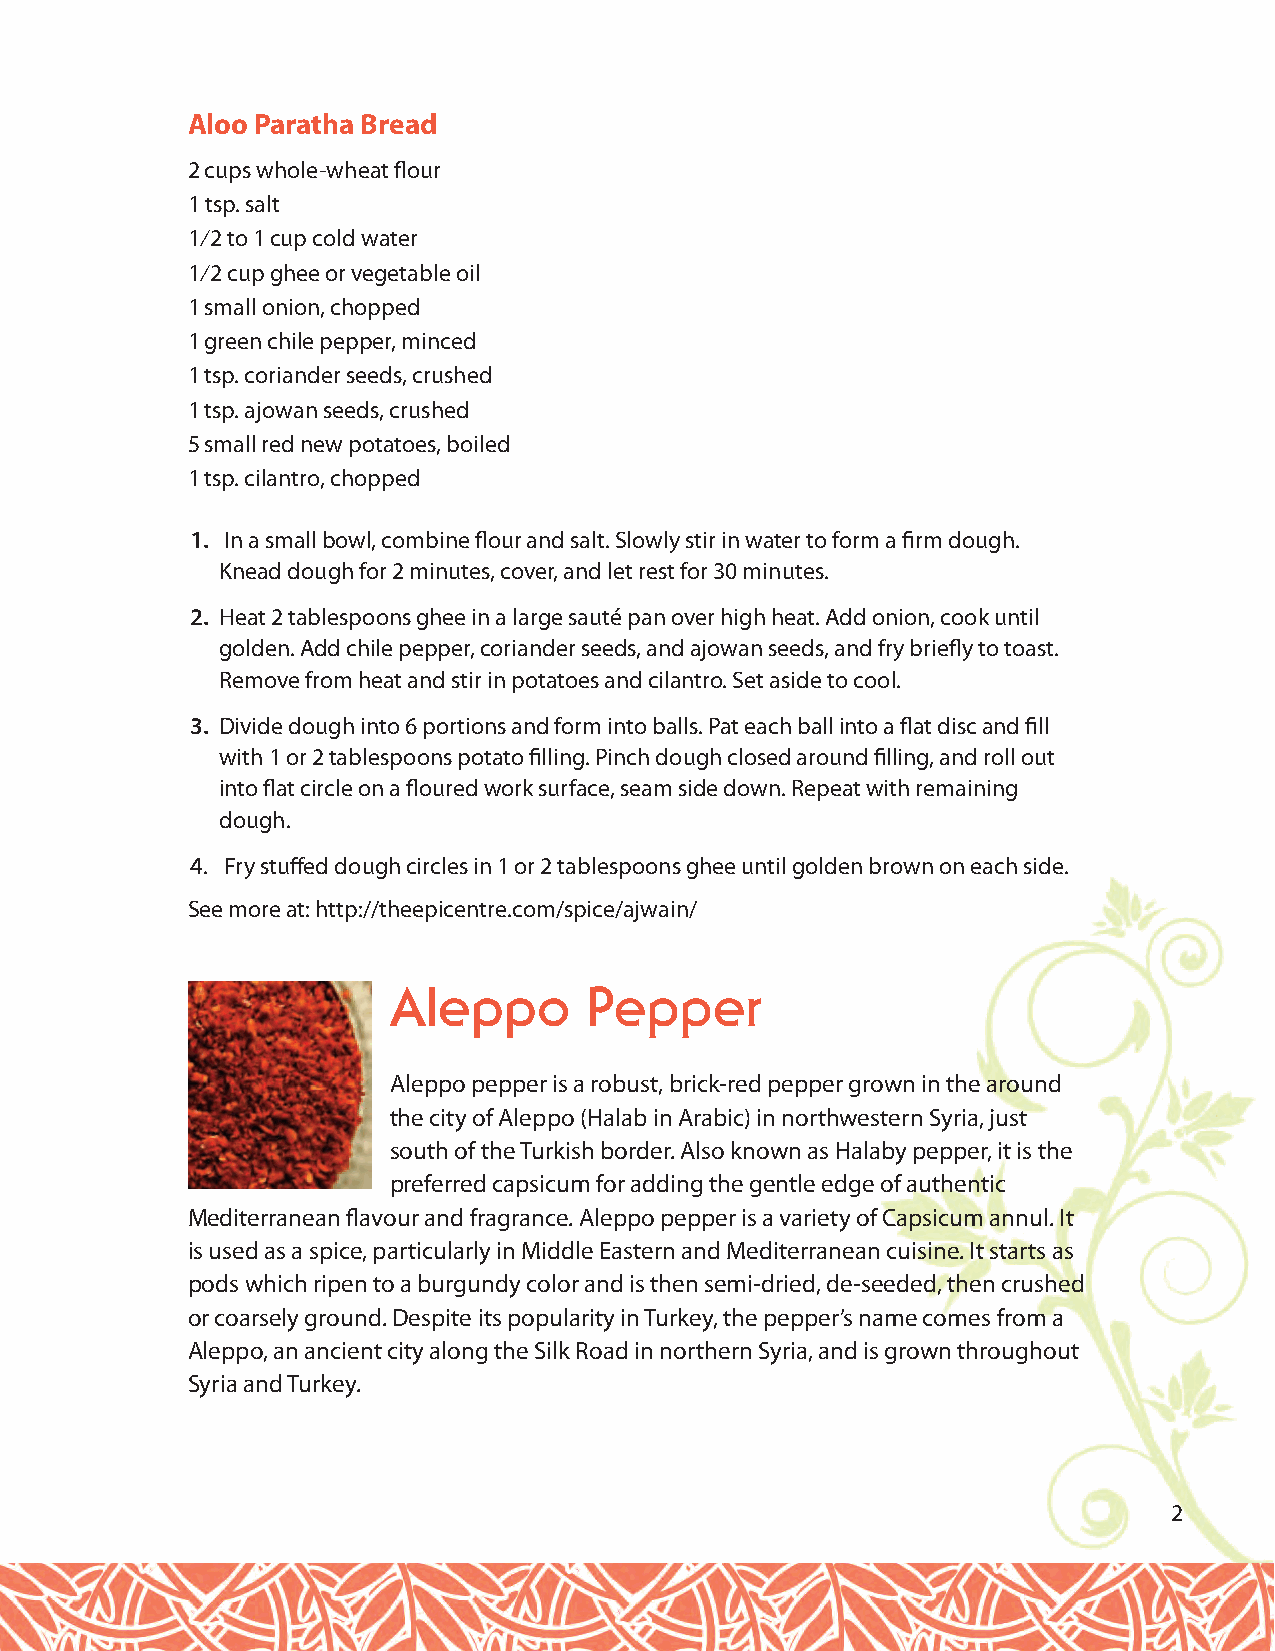
Aloo Paratha Bread
 2 cups whole-wheat flour
 1 tsp. salt
 1⁄2 to 1 cup cold water
 1⁄2 cup ghee or vegetable oil
 1 small onion, chopped
 1 green chile pepper, minced
 1 tsp. coriander seeds, crushed
 1 tsp. ajowan seeds, crushed
 5 small red new potatoes, boiled
 1 tsp. cilantro, chopped
 1. In a small bowl, combine flour and salt. Slowly stir in water to form a firm dough.
 Knead dough for 2 minutes, cover, and let rest for 30 minutes.
 2. Heat 2 tablespoons ghee in a large sauté pan over high heat. Add onion, cook until
 golden. Add chile pepper, coriander seeds, and ajowan seeds, and fry briefly to toast.
 Remove from heat and stir in potatoes and cilantro. Set aside to cool.
 3. Divide dough into 6 portions and form into balls. Pat each ball into a flat disc and fill
 with 1 or 2 tablespoons potato filling. Pinch dough closed around filling, and roll out
 into flat circle on a floured work surface, seam side down. Repeat with remaining
 dough.
 4. Fry stuffed dough circles in 1 or 2 tablespoons ghee until golden brown on each side.
 See more at: http://theepicentre.com/spice/ajwain/
 Aleppo       Pepper
 Aleppo pepper is a robust, brick-red pepper grown in the around
 the city of Aleppo (Halab in Arabic) in northwestern Syria, just
 south of the Turkish border. Also known as Halaby pepper, it is the
 preferred capsicum for adding the gentle edge of authentic
 Mediterranean flavour and fragrance. Aleppo pepper is a variety of Capsicum annul. It
 is used as a spice, particularly in Middle Eastern and Mediterranean cuisine. It starts as
 pods which ripen to a burgundy color and is then semi-dried, de-seeded, then crushed
 or coarsely ground. Despite its popularity in Turkey, the pepper’s name comes from a
 Aleppo, an ancient city along the Silk Road in northern Syria, and is grown throughout
 Syria and Turkey.
 2